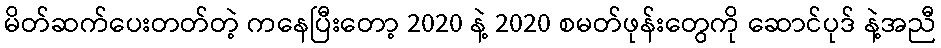
မိတ်ဆက်ပေးတတ်တဲ့ ကနေပြီးတော့ 2020 နဲ့ 2020 စမတ်ဖုန်းတွေကို ဆောင်ပုဒ် နဲ့အညီ